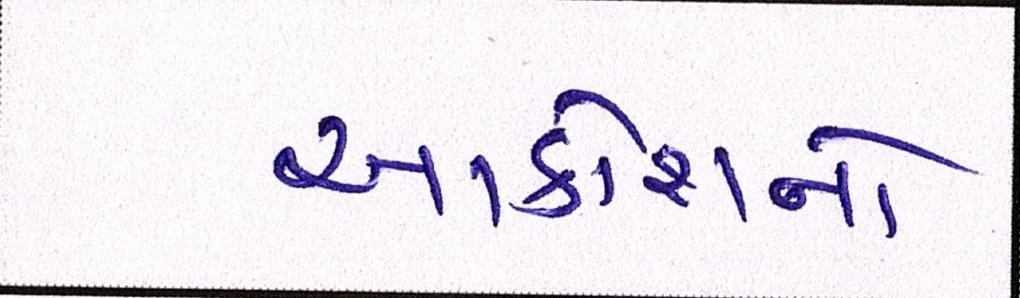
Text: આક્રોશનો